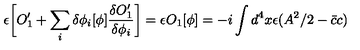
\epsilon \biggl [ O _ { 1 } ^ { \prime } + \sum _ { i } \delta \phi _ { i } [ \phi ] { \frac { \delta O _ { 1 } ^ { \prime } } { \delta \phi _ { i } } } \biggr ] = \epsilon O _ { 1 } [ \phi ] = - i \int d ^ { 4 } x \epsilon ( A ^ { 2 } / 2 - { \bar { c } } c )